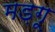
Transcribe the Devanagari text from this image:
मड़गू